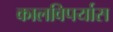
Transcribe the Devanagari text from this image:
कालविपर्यास